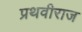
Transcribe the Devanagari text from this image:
प्रथवीराज